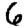
Digit: 6